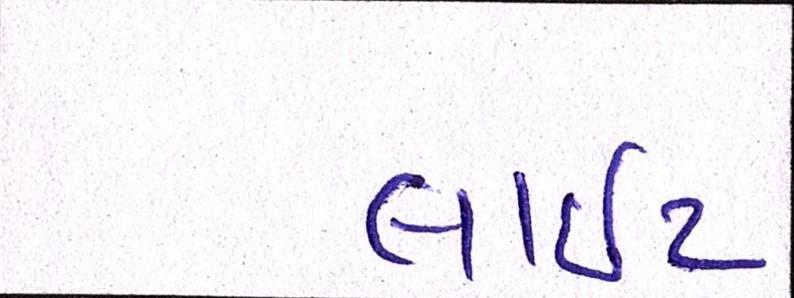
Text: લાઇટ